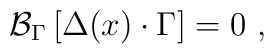
{\cal B}_\Gamma \left[ \Delta (x)\cdot \Gamma \right] =0\,\,,